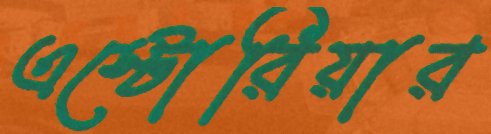
এস্টোরিয়ার